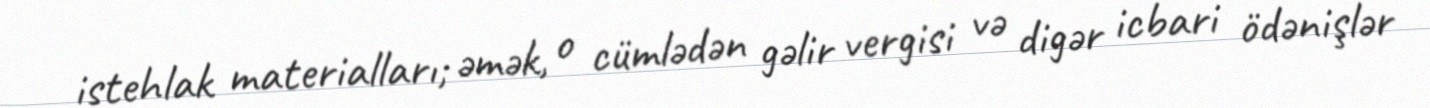
istehlak materialları; əmək, o cümlədən gəlir vergisi və digər icbari ödənişlər